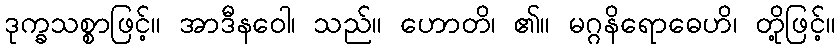
ဒုက္ခသစ္စာဖြင့်။ အာဒီနဝေါ၊ သည်။ ဟောတိ၊ ၏။ မဂ္ဂနိရောဓေဟိ၊ တို့ဖြင့်။